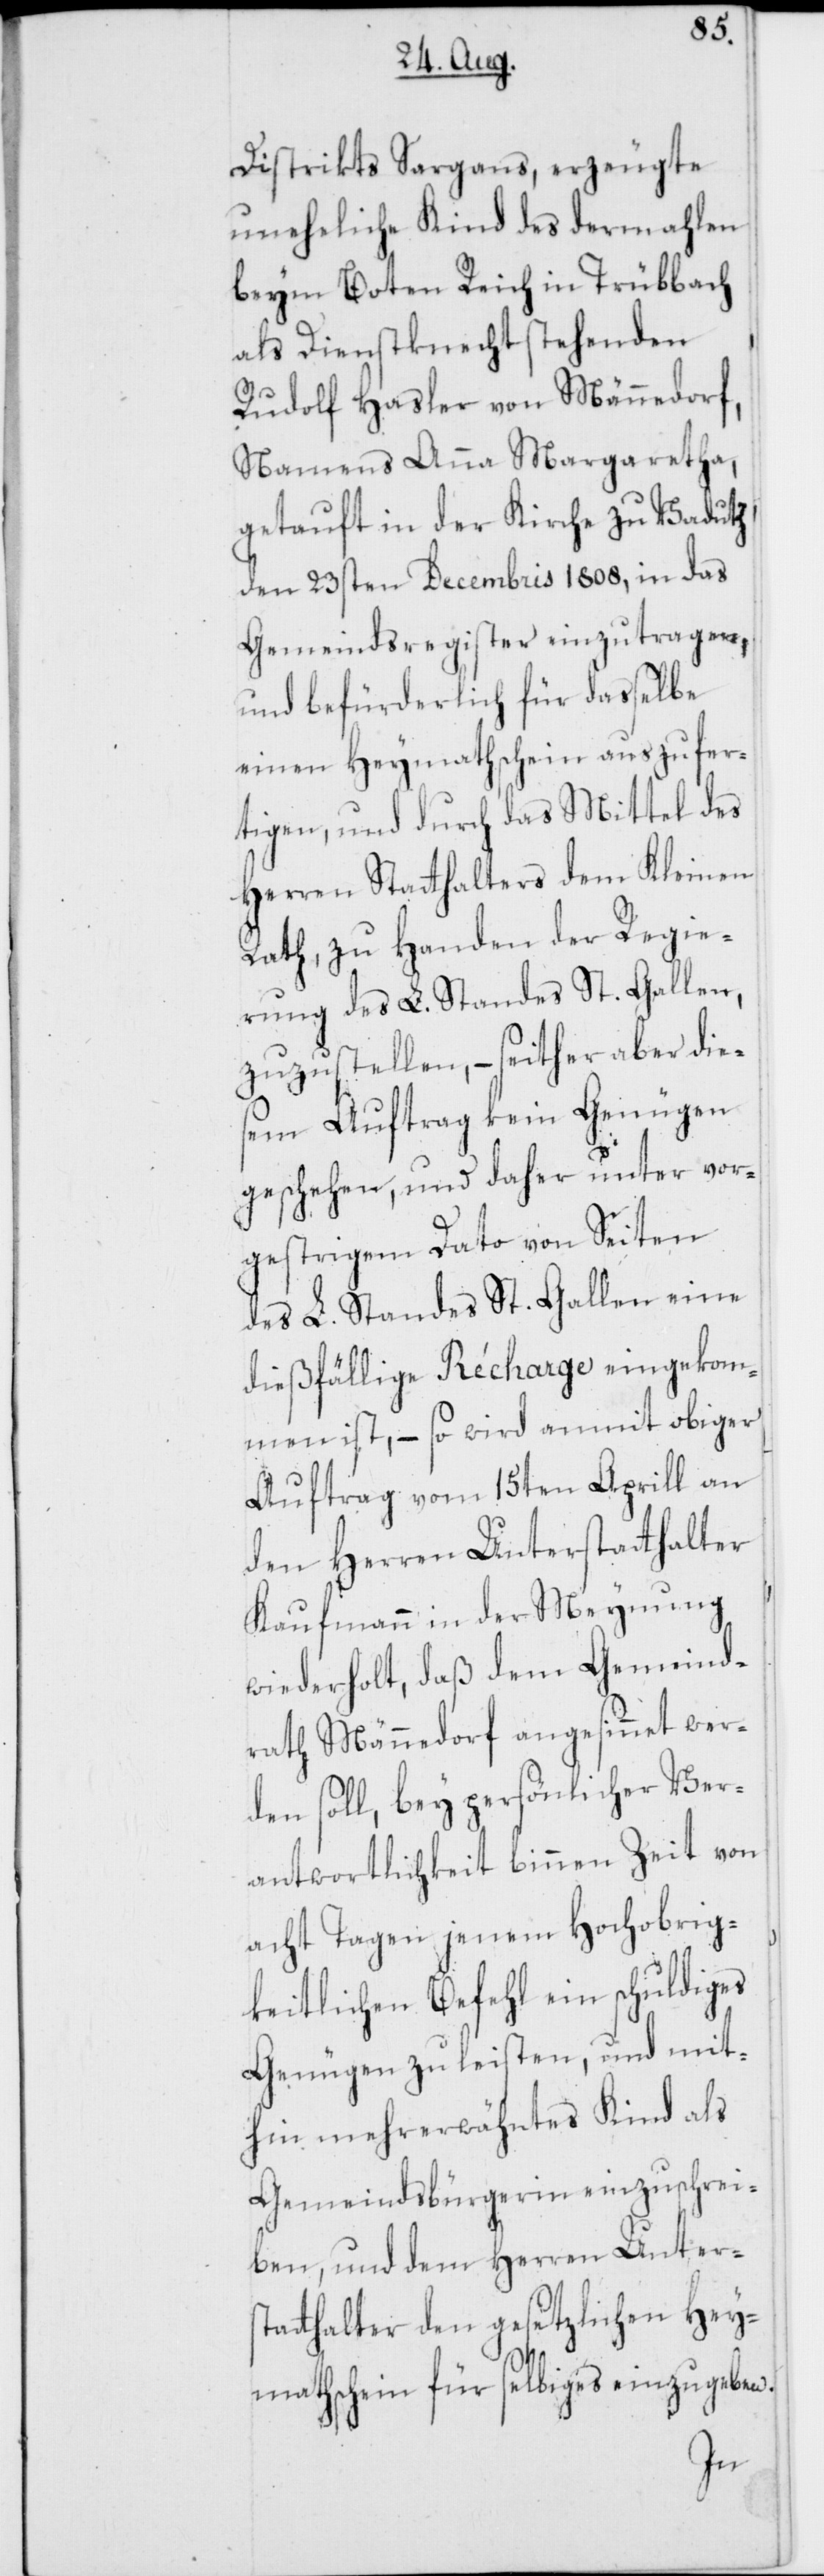
Distrikts Sargans, erzeugte
uneheliche Kind des dermahlen
beym Boten Reich in Trübbach
als Dienstknecht stehenden
Rudolf Hasler von Männedorf,
Namens Anna Margaretha,
getauft in der Kirche zu Vadutz
den 23sten Decembris 1808, in das
Gemeindsregister einzutragen,
und befürderlich für dasselbe
einen Heymathschein auszufer¬
tigen, und durch das Mittel des
Herren Statthalters dem Kleinen
Rath, zu Handen der Regie¬
rung des L. Standes St. Gallen,
zuzustellen, – seither aber dies¬
em Auftrag kein Genügen
geschehen, und daher unter vor¬
gestrigem Dato von Seiten
des L. Standes St. Gallen eine
dießfällige Récharge eingekom¬
men ist, – so wird anmit obiger
Auftrag vom 15ten Aprill an
den Herren Unterstatthalter
Kaufmann in der Meynung
wiederholt, daß dem Gemeind¬
rath Männedorf angesinnet wer¬
den soll, bey persönlicher Ver¬
antwortlichkeit binnen Zeit von
acht Tagen jenem Hochobrig¬
keitlichen Befehl ein schuldiges
Genügen zu leisten, und mit¬
hin mehrerwähntes Kind als
Gemeindsbürgerin einzuschrei¬
ben, und dem Herren Unters¬
tatthalter den gesetzlichen Hey¬
mathschein für selbiges einzugeben.